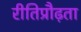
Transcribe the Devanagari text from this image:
रीतिप्रौढ़ता